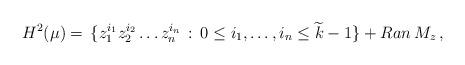
LaTeX: \begin{align*}H^2(\mu) = {}\, \{ z_1^{i_1}z_2^{i_2}\dots z_{n}^{i_{n}}\,:\,0 \leq i_1,\dots,i_{n} \leq {\widetilde k}-1 \} +{Ran}\, M_{z}\,,\end{align*}